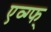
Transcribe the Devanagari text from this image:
एव्ग्फ्